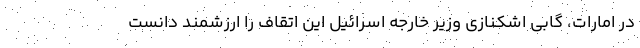
در امارات، گابی اشکنازی وزیر خارجه اسرائیل این اتقاف را ارزشمند دانست